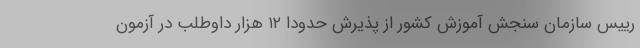
رییس سازمان سنجش آموزش کشور از پذیرش حدودا ۱۲ هزار داوطلب در آزمون